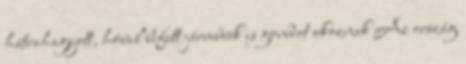
hátrahagyott, hóval befútt járművek is gondot okoznak Az ország